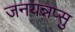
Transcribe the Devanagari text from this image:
जनयन्नप्सु